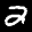
Label: 2